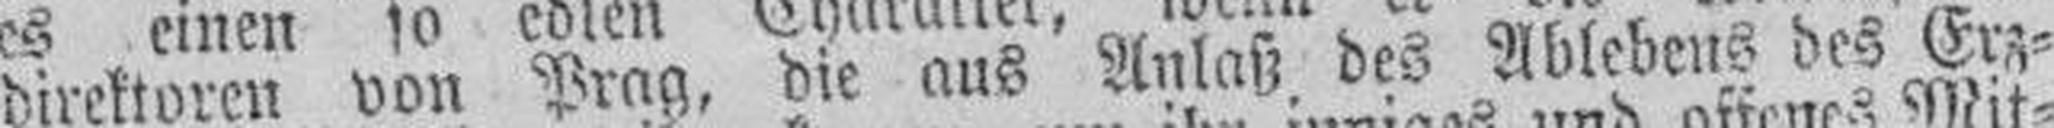
direktoren von Prag, die aus Anlaß des Ablebens des Erz¬